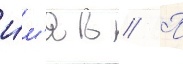
и́м'я в // П